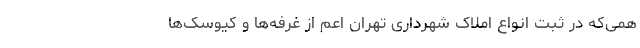
همی‌که در ثبت انواع املاک شهرداری تهران اعم از غرفه‌ها و کیوسک‌ها